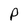
Character: P